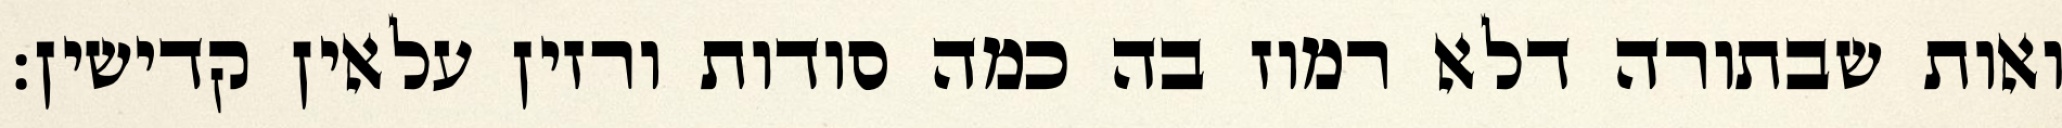
ואות שבתורה דלא רמוז בה כמה סודות ורזין עלאין קדישין: